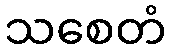
သစေတံ